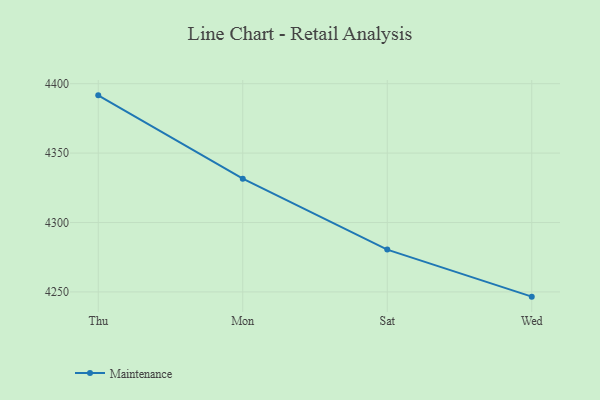
{"axis": {"x": "Day", "y": "Churn Rate (%)"}, "legend": ["Maintenance"], "data": [{"x": "Thu", "y": 4391.6, "type": "Maintenance"}, {"x": "Mon", "y": 4331.6, "type": "Maintenance"}, {"x": "Sat", "y": 4280.5, "type": "Maintenance"}, {"x": "Wed", "y": 4246.6, "type": "Maintenance"}]}